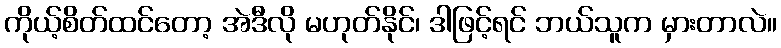
ကိုယ့်စိတ်ထင်တော့ အဲဒီလို မဟုတ်နိုင်၊ ဒါဖြင့်ရင် ဘယ်သူက မှားတာလဲ။